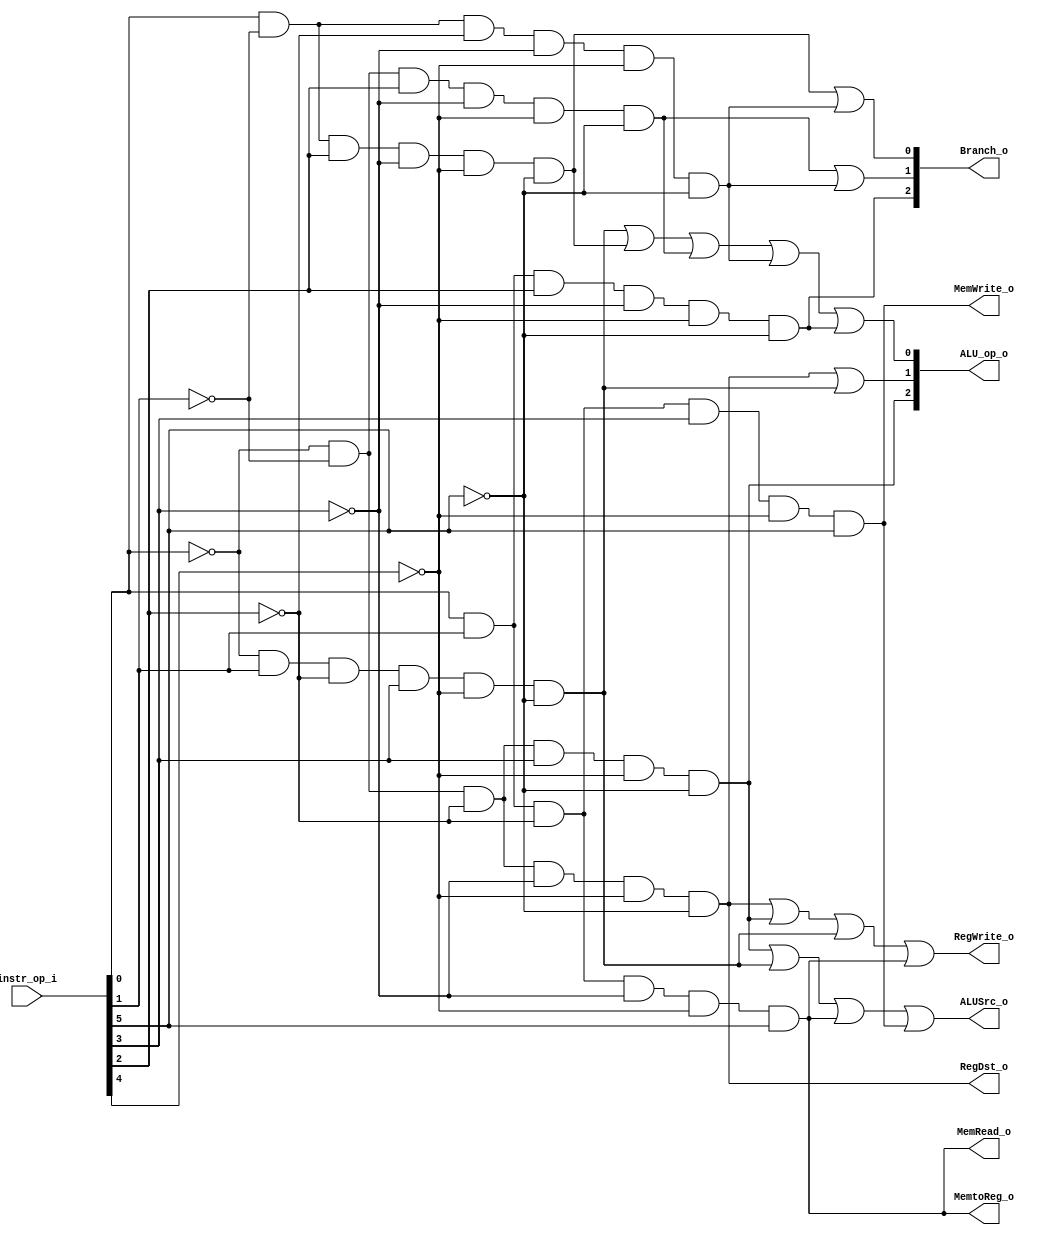
// 0716089
//Subject:     CO project 2 - Decoder
//--------------------------------------------------------------------------------
//Version:     1
//--------------------------------------------------------------------------------
//Writer:      Luke
//----------------------------------------------
//Date:        
//----------------------------------------------
//Description: 
//--------------------------------------------------------------------------------
`timescale 1ns/1ps
module Decoder(
    instr_op_i,
	RegWrite_o,
	ALU_op_o,
	ALUSrc_o,
	RegDst_o,
	Branch_o,
    MemRead_o,
    MemtoReg_o,
    MemWrite_o
	);
     
//I/O ports
input  [6-1:0] instr_op_i;

output         RegWrite_o;
output [3-1:0] ALU_op_o;
output         ALUSrc_o;
output         RegDst_o;
output [2:0]   Branch_o;
output         MemRead_o;
output         MemtoReg_o;
output         MemWrite_o;
 
//Internal Signals
reg    [3-1:0] ALU_op_o;
reg            ALUSrc_o;
reg            RegWrite_o;
reg            RegDst_o;
reg    [2:0]   Branch_o;
reg            MemRead_o;
reg            MemtoReg_o;
reg            MemWrite_o;

wire r,addi,slti,beq,lw,sw,bne,bge,bgt;
assign lw = instr_op_i[0] && instr_op_i[1] && !instr_op_i[2] && !instr_op_i[3] && !instr_op_i[4] && instr_op_i[5];
assign sw = instr_op_i[0] && instr_op_i[1] && !instr_op_i[2] && instr_op_i[3] && !instr_op_i[4] && instr_op_i[5];
assign r = !instr_op_i[0] && !instr_op_i[1] && !instr_op_i[2] && !instr_op_i[3] && !instr_op_i[4] && !instr_op_i[5];
assign addi = !instr_op_i[0] && !instr_op_i[1] && !instr_op_i[2] && instr_op_i[3] && !instr_op_i[4] && !instr_op_i[5];
assign slti = !instr_op_i[0] && instr_op_i[1] && !instr_op_i[2] && instr_op_i[3] && !instr_op_i[4] && !instr_op_i[5];
assign beq = instr_op_i[0] && !instr_op_i[1] && instr_op_i[2] && !instr_op_i[3] && !instr_op_i[4] && !instr_op_i[5];
assign bne = !instr_op_i[0] && !instr_op_i[1] && instr_op_i[2] && !instr_op_i[3] && !instr_op_i[4] && !instr_op_i[5];
assign bge = instr_op_i[0] && !instr_op_i[1] && !instr_op_i[2] && !instr_op_i[3] && !instr_op_i[4] && !instr_op_i[5];
assign bgt = instr_op_i[0] && instr_op_i[1] && instr_op_i[2] && !instr_op_i[3] && !instr_op_i[4] && !instr_op_i[5];
always @(*) begin
    ALU_op_o[0] = slti || beq || bne || bge || bgt;
    ALU_op_o[1] = r || slti ;
    ALU_op_o[2] = addi;
    ALUSrc_o = addi || slti || lw || sw;
	RegWrite_o = r || addi || slti || lw;
	RegDst_o = r;
    // branch type -> 000 other 001 beq 010 bne 011 bge 100 bgt
    Branch_o[2] = bgt;
	Branch_o[1] = bne || bge;
    Branch_o[0] = beq || bge;
    MemRead_o = lw;
    MemtoReg_o = lw;
    MemWrite_o = sw;
end

endmodule